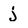
Character: j